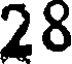
28